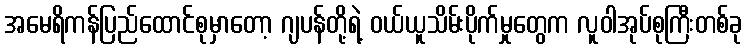
အမေရိကန်ပြည်ထောင်စုမှာတော့ ဂျပန်တို့ရဲ့ ဝယ်ယူသိမ်းပိုက်မှုတွေက လူဝါအုပ်စုကြီးတစ်ခု